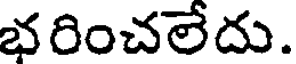
భరించలేదు.